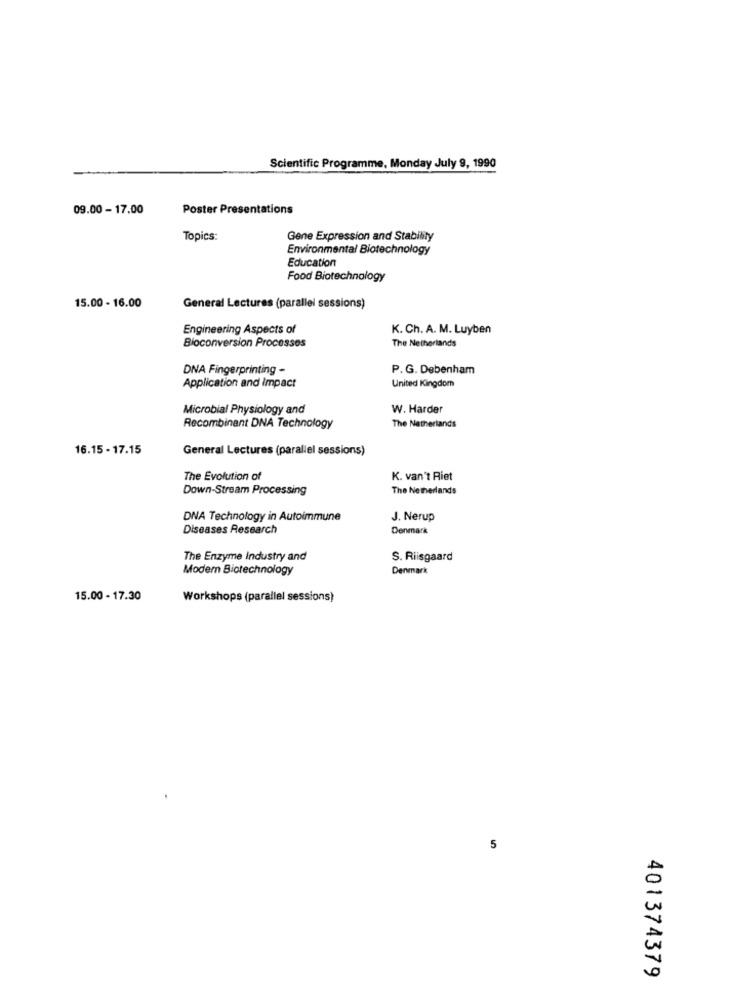
Scientific Programme, Monday July 9, 1990
09.00 - 17.00
Poster Presentations
Topics:
Gene Expression and Stability
Environmental Biotechnology
Education
Food Biotechnology
15.00 - 16.00
General Lectures (parallel sessions)
Engineering Aspects of
K. Ch. A. M. Luyben
Bioconversion Processes
The Netherlands
DNA Fingerprinting -
P.G. Debenham
Application and Impact
United Kingdom
Microbial Physiology and
W. Harder
Recombinant DNA Technology
The Netherlands
16.15 - 17.15
General Lectures (parallel sessions)
The Evolution of
K. van't Riet
Down-Stream Processing
The Netherlands
DNA Technology in Autoimmune
J. Nerup
Diseases Research
Denmark
The Enzyme Industry and
S. Riisgaard
Modern Biotechnology
Denmark
15.00 - 17.30
Workshops (parallel sessions)
5
401374379